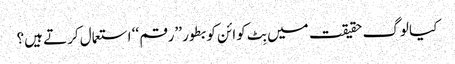
کیا لوگ حقیقت میں بِٹ کوائن کو بطور ’’رقم ‘‘ استعمال کرتے ہیں؟